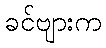
ခင်ဗျားက